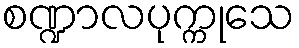
စဏ္ဍာလပုက္ကုသေ